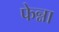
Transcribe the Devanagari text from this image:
फेन्ना